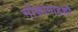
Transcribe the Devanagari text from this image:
मोकामाहशी